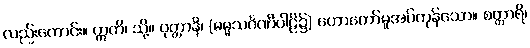
လည်းကောင်း။ ဣတိ၊ သို့။ ဝုတ္တာနိ၊ (ဓမ္မသင်္ဂဏီပါဠိ၌) ဟောတော်မူအပ်ကုန်သော။ စတ္တာရိ၊